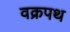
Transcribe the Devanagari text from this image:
वक्रपथ